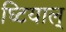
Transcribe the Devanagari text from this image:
घ्टियाल्